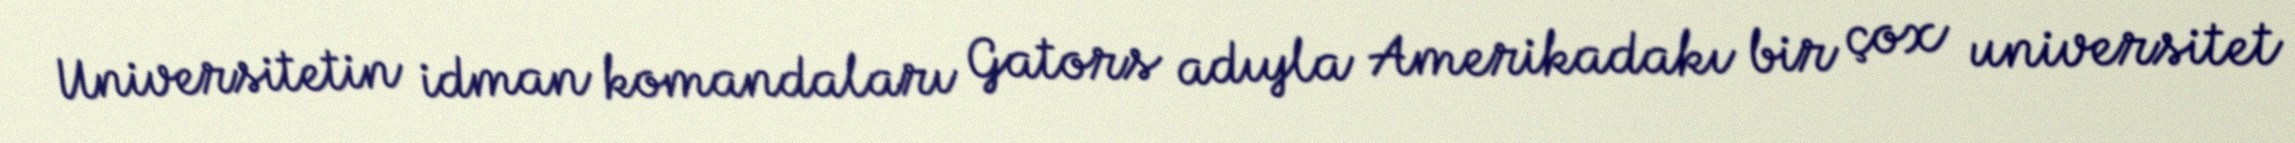
Universitetin idman komandaları Gators adıyla Amerikadakı bir çox universitet